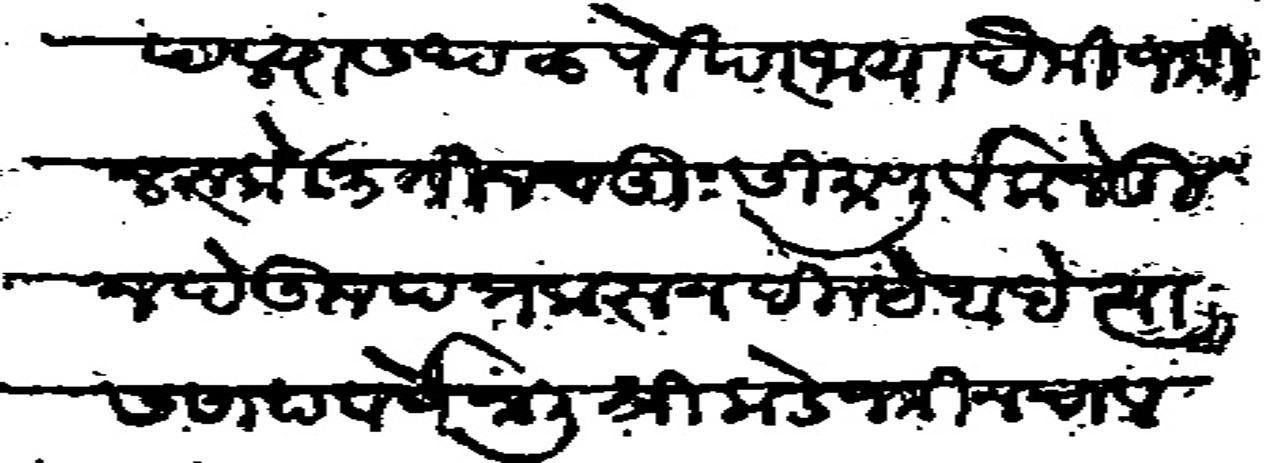
Transliteration (Devanagari): आपल्यास थळ पोखर जाया पैकी जमीन रुके आळे ३ तीन चतुःसीमा पूर्वक नेमुन देऊन पत्र करून दिल्हे आहे त्यास साहा वर्षे जाली श्री कडे जमिन चालत